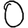
Digit: 0